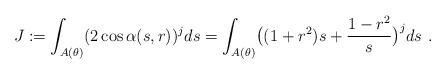
\begin{align*} J:=\int_{A(\theta)}(2\cos\alpha(s,r))^j ds=\int_{A(\theta)} \bigl((1+r^2)s+\frac{1-r^2}s\bigr)^j ds\ .\end{align*}